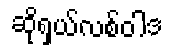
ဆိုရှယ်လစ်ဝါဒ